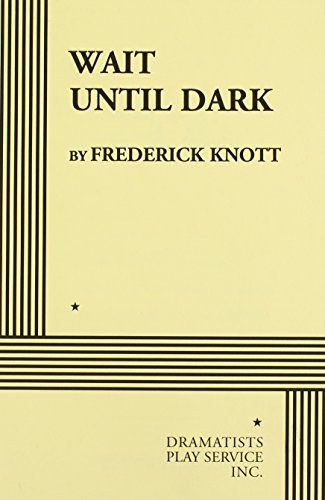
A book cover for Wait Until Dark; Frederick Knott; Literature & Fiction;